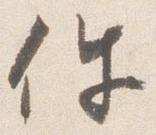
件